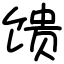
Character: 馈